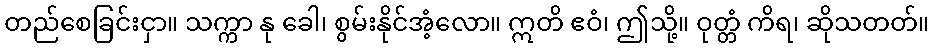
တည်စေခြင်းငှာ။ သက္ကာ နု ခေါ၊ စွမ်းနိုင်အံ့လော။ ဣတိ ဧဝံ၊ ဤသို့။ ဝုတ္တံ ကိရ၊ ဆိုသတတ်။